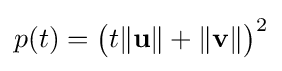
p(t)={\bigl (}t\Vert \mathbf {u} \Vert +\Vert \mathbf {v} \Vert {\bigr )}^{2}